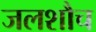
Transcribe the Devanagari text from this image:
जलशौच